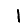
Digit: 1